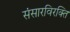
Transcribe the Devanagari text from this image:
संसारविरक्ति